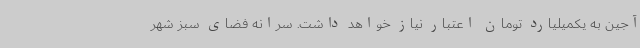
آجین به یکمیلیارد تومان اعتبار نیاز خواهد داشت. سرانه فضای سبز شهر